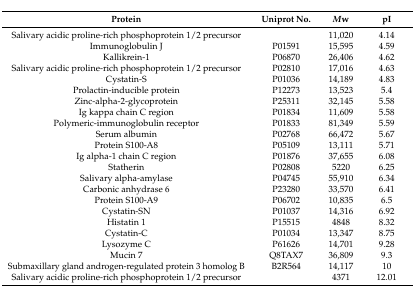
<table><thead><tr><td><b>Protein</b></td><td><b>Uniprot No.</b></td><td><b><i>M</i>w</b></td><td><b>pI</b></td></tr></thead><tbody><tr><td>Salivary acidic proline-rich phosphoprotein 1/2 precursor</td><td></td><td>11,020</td><td>4.14</td></tr><tr><td>Immunoglobulin J</td><td>P01591</td><td>15,595</td><td>4.59</td></tr><tr><td>Kallikrein-1</td><td>P06870</td><td>26,406</td><td>4.62</td></tr><tr><td>Salivary acidic proline-rich phosphoprotein 1/2 precursor</td><td>P02810</td><td>17,016</td><td>4.63</td></tr><tr><td>Cystatin-S</td><td>P01036</td><td>14,189</td><td>4.83</td></tr><tr><td>Prolactin-inducible protein</td><td>P12273</td><td>13,523</td><td>5.4</td></tr><tr><td>Zinc-alpha-2-glycoprotein</td><td>P25311</td><td>32,145</td><td>5.58</td></tr><tr><td>Ig kappa chain C region</td><td>P01834</td><td>11,609</td><td>5.58</td></tr><tr><td>Polymeric-immunoglobulin receptor</td><td>P01833</td><td>81,349</td><td>5.59</td></tr><tr><td>Serum albumin</td><td>P02768</td><td>66,472</td><td>5.67</td></tr><tr><td>Protein S100-A8</td><td>P05109</td><td>13,111</td><td>5.71</td></tr><tr><td>Ig alpha-1 chain C region</td><td>P01876</td><td>37,655</td><td>6.08</td></tr><tr><td>Statherin</td><td>P02808</td><td>5220</td><td>6.25</td></tr><tr><td>Salivary alpha-amylase</td><td>P04745</td><td>55,910</td><td>6.34</td></tr><tr><td>Carbonic anhydrase 6</td><td>P23280</td><td>33,570</td><td>6.41</td></tr><tr><td>Protein S100-A9</td><td>P06702</td><td>10,835</td><td>6.5</td></tr><tr><td>Cystatin-SN</td><td>P01037</td><td>14,316</td><td>6.92</td></tr><tr><td>Histatin 1</td><td>P15515</td><td>4848</td><td>8.32</td></tr><tr><td>Cystatin-C</td><td>P01034</td><td>13,347</td><td>8.75</td></tr><tr><td>Lysozyme C</td><td>P61626</td><td>14,701</td><td>9.28</td></tr><tr><td>Mucin 7</td><td>Q8TAX7</td><td>36,809</td><td>9.3</td></tr><tr><td>Submaxillary gland androgen-regulated protein 3 homolog B </td><td>B2R564</td><td>14,117</td><td>10</td></tr><tr><td>Salivary acidic proline-rich phosphoprotein 1/2 precursor</td><td></td><td>4371</td><td>12.01</td></tr></tbody></table>